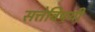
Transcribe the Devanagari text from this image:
सत्तेविषयी